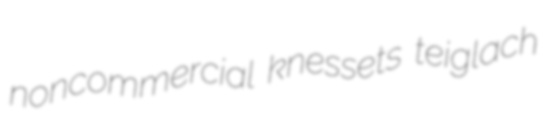
noncommercial knessets teiglach